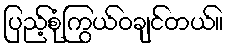
ပြည့်စုံကြွယ်ဝချင်တယ်။